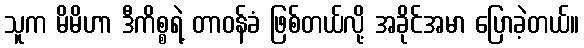
သူက မိမိဟာ ဒီကိစ္စရဲ့ တာဝန်ခံ ဖြစ်တယ်လို့ အခိုင်အမာ ပြောခဲ့တယ်။